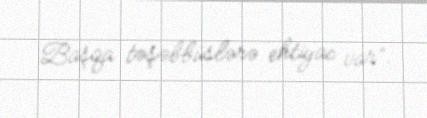
Başqa təşəbbüslərə ehtiyac var”.